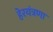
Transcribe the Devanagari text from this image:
हेरयंत्रणा